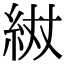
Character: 𮈌